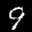
Label: 9